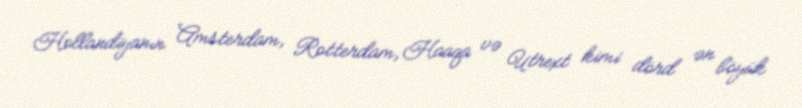
Hollandiyanın Amsterdam, Rotterdam, Haaqa və Utrext kimi dörd ən böyük